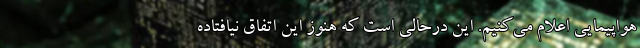
هواپیمایی اعلام می‌کنیم. این درحالی است که هنوز این اتفاق نیافتاده